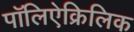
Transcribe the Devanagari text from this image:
पॉलिऐक्रिलिक